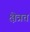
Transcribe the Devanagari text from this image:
क्षेत्रत